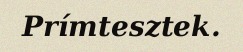
Prímtesztek.